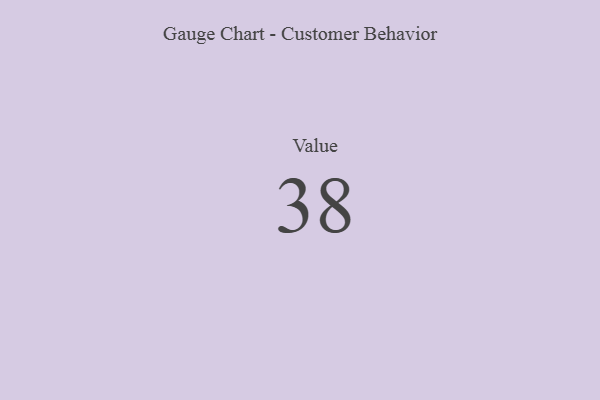
{"axis": {"x": "Metric", "y": "Value"}, "legend": [""], "data": [{"x": "Value", "y": 38, "type": ""}]}